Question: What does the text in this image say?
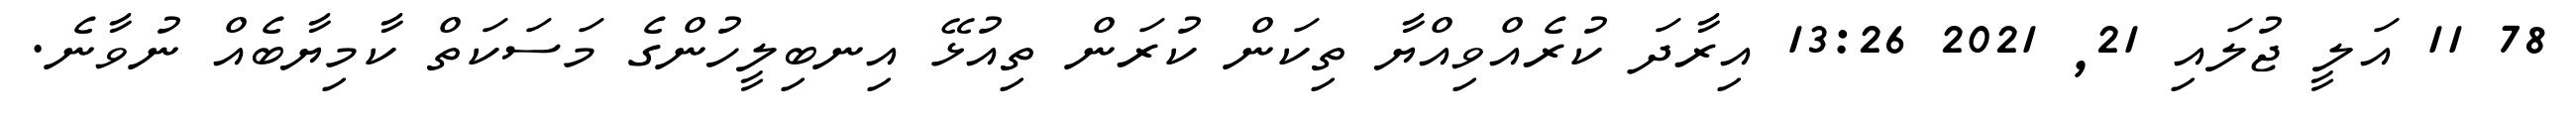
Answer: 78 11 އަލީ ޖުލައި 21, 2021 13:26 އިރާދަ ކުރެއްވިއްޔާ ތިކަން ކުރަން ތިއުޅޭ އިނބިލީހުންގެ މަސަކަތް ކާމިޔާބެއް ނުވާނެ.